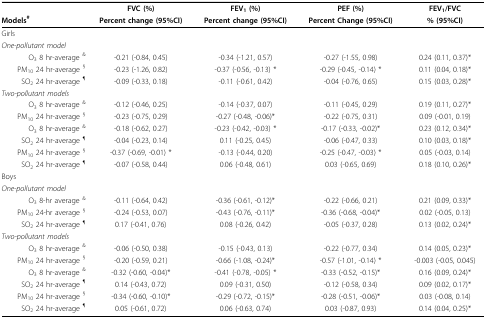
<table><thead><tr><td></td><td><b>FVC (%)</b></td><td><b>FEV<sub>1 </sub>(%)</b></td><td><b>PEF (%)</b></td><td><b>FEV<sub>1</sub>/FVC</b></td></tr><tr><td><b>Models<sup>#</sup></b></td><td><b>Percent change (95%CI)</b></td><td><b>Percent change (95%CI)</b></td><td><b>Percent Change (95%CI)</b></td><td><b>% (95%CI)</b></td></tr></thead><tbody><tr><td>Girls</td><td></td><td></td><td></td><td></td></tr><tr><td><i>One-pollutant model</i></td><td></td><td></td><td></td><td></td></tr><tr><td>O<sub>3 </sub>8 hr-average <sup>&amp;</sup></td><td>-0.21 (-0.84, 0.45)</td><td>-0.34 (-1.21, 0.57)</td><td>-0.27 (-1.55, 0.98)</td><td>0.24 (0.11, 0.37)*</td></tr><tr><td>PM<sub>10 </sub>24 hr-average <sup>§</sup></td><td>-0.23 (-1.26, 0.82)</td><td>-0.37 (-0.56, -0.13) *</td><td>-0.29 (-0.45, -0.14) *</td><td>0.11 (0.04, 0.18)*</td></tr><tr><td>SO<sub>2 </sub>24 hr-average <sup>¶</sup></td><td>-0.09 (-0.33, 0.18)</td><td>-0.11 (-0.61, 0.42)</td><td>-0.04 (-0.76, 0.65)</td><td>0.15 (0.03, 0.28)*</td></tr><tr><td><i>Two-pollutant models</i></td><td></td><td></td><td></td><td></td></tr><tr><td>O<sub>3 </sub>8 hr-average <sup>&amp;</sup></td><td>-0.12 (-0.46, 0.25)</td><td>-0.14 (-0.37, 0.07)</td><td>-0.11 (-0.45, 0.29)</td><td>0.19 (0.11, 0.27)*</td></tr><tr><td>PM<sub>10 </sub>24 hr-average <sup>§</sup></td><td>-0.23 (-0.75, 0.29)</td><td>-0.27 (-0.48, -0.06)*</td><td>-0.22 (-0.75, 0.31)</td><td>0.09 (-0.01, 0.19)</td></tr><tr><td>O<sub>3 </sub>8 hr-average <sup>&amp;</sup></td><td>-0.18 (-0.62, 0.27)</td><td>-0.23 (-0.42, -0.03) *</td><td>-0.17 (-0.33, -0.02)*</td><td>0.23 (0.12, 0.34)*</td></tr><tr><td>SO<sub>2 </sub>24 hr-average <sup>¶</sup></td><td>-0.04 (-0.23, 0.14)</td><td>0.11 (-0.25, 0.45)</td><td>-0.06 (-0.47, 0.33)</td><td>0.10 (0.03, 0.18)*</td></tr><tr><td>PM<sub>10 </sub>24 hr-average <sup>§</sup></td><td>-0.37 (-0.69, -0.01) *</td><td>-0.13 (-0.44, 0.20)</td><td>-0.25 (-0.47, -0.03) *</td><td>0.05 (-0.03, 0.14)</td></tr><tr><td>SO<sub>2 </sub>24 hr-average <sup>¶</sup></td><td>-0.07 (-0.58, 0.44)</td><td>0.06 (-0.48, 0.61)</td><td>0.03 (-0.65, 0.69)</td><td>0.18 (0.10, 0.26)*</td></tr><tr><td>Boys</td><td></td><td></td><td></td><td></td></tr><tr><td><i>One-pollutant model</i></td><td></td><td></td><td></td><td></td></tr><tr><td>O<sub>3 </sub>8-hr average <sup>&amp;</sup></td><td>-0.11 (-0.64, 0.42)</td><td>-0.36 (-0.61, -0.12)*</td><td>-0.22 (-0.66, 0.21)</td><td>0.21 (0.09, 0.33)*</td></tr><tr><td>PM<sub>10 </sub>24-hr average <sup>§</sup></td><td>-0.24 (-0.53, 0.07)</td><td>-0.43 (-0.76, -0.11)*</td><td>-0.36 (-0.68, -0.04)*</td><td>0.02 (-0.05, 0.13)</td></tr><tr><td>SO<sub>2 </sub>24 hr-average <sup>¶</sup></td><td>0.17 (-0.41, 0.76)</td><td>0.08 (-0.26, 0.42)</td><td>-0.05 (-0.37, 0.28)</td><td>0.13 (0.02, 0.24)*</td></tr><tr><td><i>Two-pollutant models</i></td><td></td><td></td><td></td><td></td></tr><tr><td>O<sub>3 </sub>8 hr-average <sup>&amp;</sup></td><td>-0.06 (-0.50, 0.38)</td><td>-0.15 (-0.43, 0.13)</td><td>-0.22 (-0.77, 0.34)</td><td>0.14 (0.05, 0.23)*</td></tr><tr><td>PM<sub>10 </sub>24 hr-average <sup>§</sup></td><td>-0.20 (-0.59, 0.21)</td><td>-0.66 (-1.08, -0.24)*</td><td>-0.57 (-1.01, -0.14) *</td><td>-0.003 (-0.05, 0.045)</td></tr><tr><td>O<sub>3 </sub>8 hr-average <sup>&amp;</sup></td><td>-0.32 (-0.60, -0.04)*</td><td>-0.41 (-0.78, -0.05) *</td><td>-0.33 (-0.52, -0.15)*</td><td>0.16 (0.09, 0.24)*</td></tr><tr><td>SO<sub>2 </sub>24 hr-average <sup>¶</sup></td><td>0.14 (-0.43, 0.72)</td><td>0.09 (-0.31, 0.50)</td><td>-0.12 (-0.58, 0.34)</td><td>0.09 (0.02, 0.17)*</td></tr><tr><td>PM<sub>10 </sub>24 hr-average <sup>§</sup></td><td>-0.34 (-0.60, -0.10)*</td><td>-0.29 (-0.72, -0.15)*</td><td>-0.28 (-0.51, -0.06)*</td><td>0.03 (-0.08, 0.14)</td></tr><tr><td>SO<sub>2 </sub>24 hr-average <sup>¶</sup></td><td>0.05 (-0.61, 0.72)</td><td>0.06 (-0.63, 0.74)</td><td>0.03 (-0.87, 0.93)</td><td>0.14 (0.04, 0.25)*</td></tr></tbody></table>